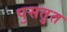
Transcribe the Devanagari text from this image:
पॖसतुत